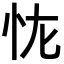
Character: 𭜏